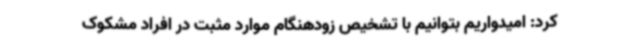
کرد: امیدواریم بتوانیم با تشخیص زودهنگام موارد مثبت در افراد مشکوک